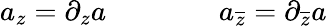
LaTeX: a_{z}=\partial_{z}a\qquad\qquad a_{\overline{{{z}}}}=\partial_{\overline{{{z}}}}a